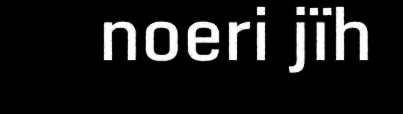
noeri jïh